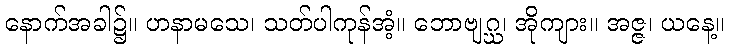
နောက်အခါ၌။ ဟနာမသေ၊ သတ်ပါကုန်အံ့။ ဘောဗျဂ္ဃ၊ အိုကျား။ အဇ္ဇ၊ ယနေ့။